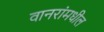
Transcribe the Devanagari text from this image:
वानरांमधील